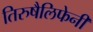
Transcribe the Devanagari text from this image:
तिरुषैलिफेनी